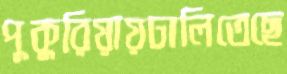
পুকুরিয়ায়ঢালিতেছে